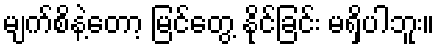
မျက်စိနဲ့တော့ မြင်တွေ့ နိုင်ခြင်း မရှိပါဘူး။